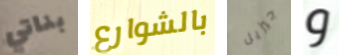
بناتي بالشوارع جيزيل و